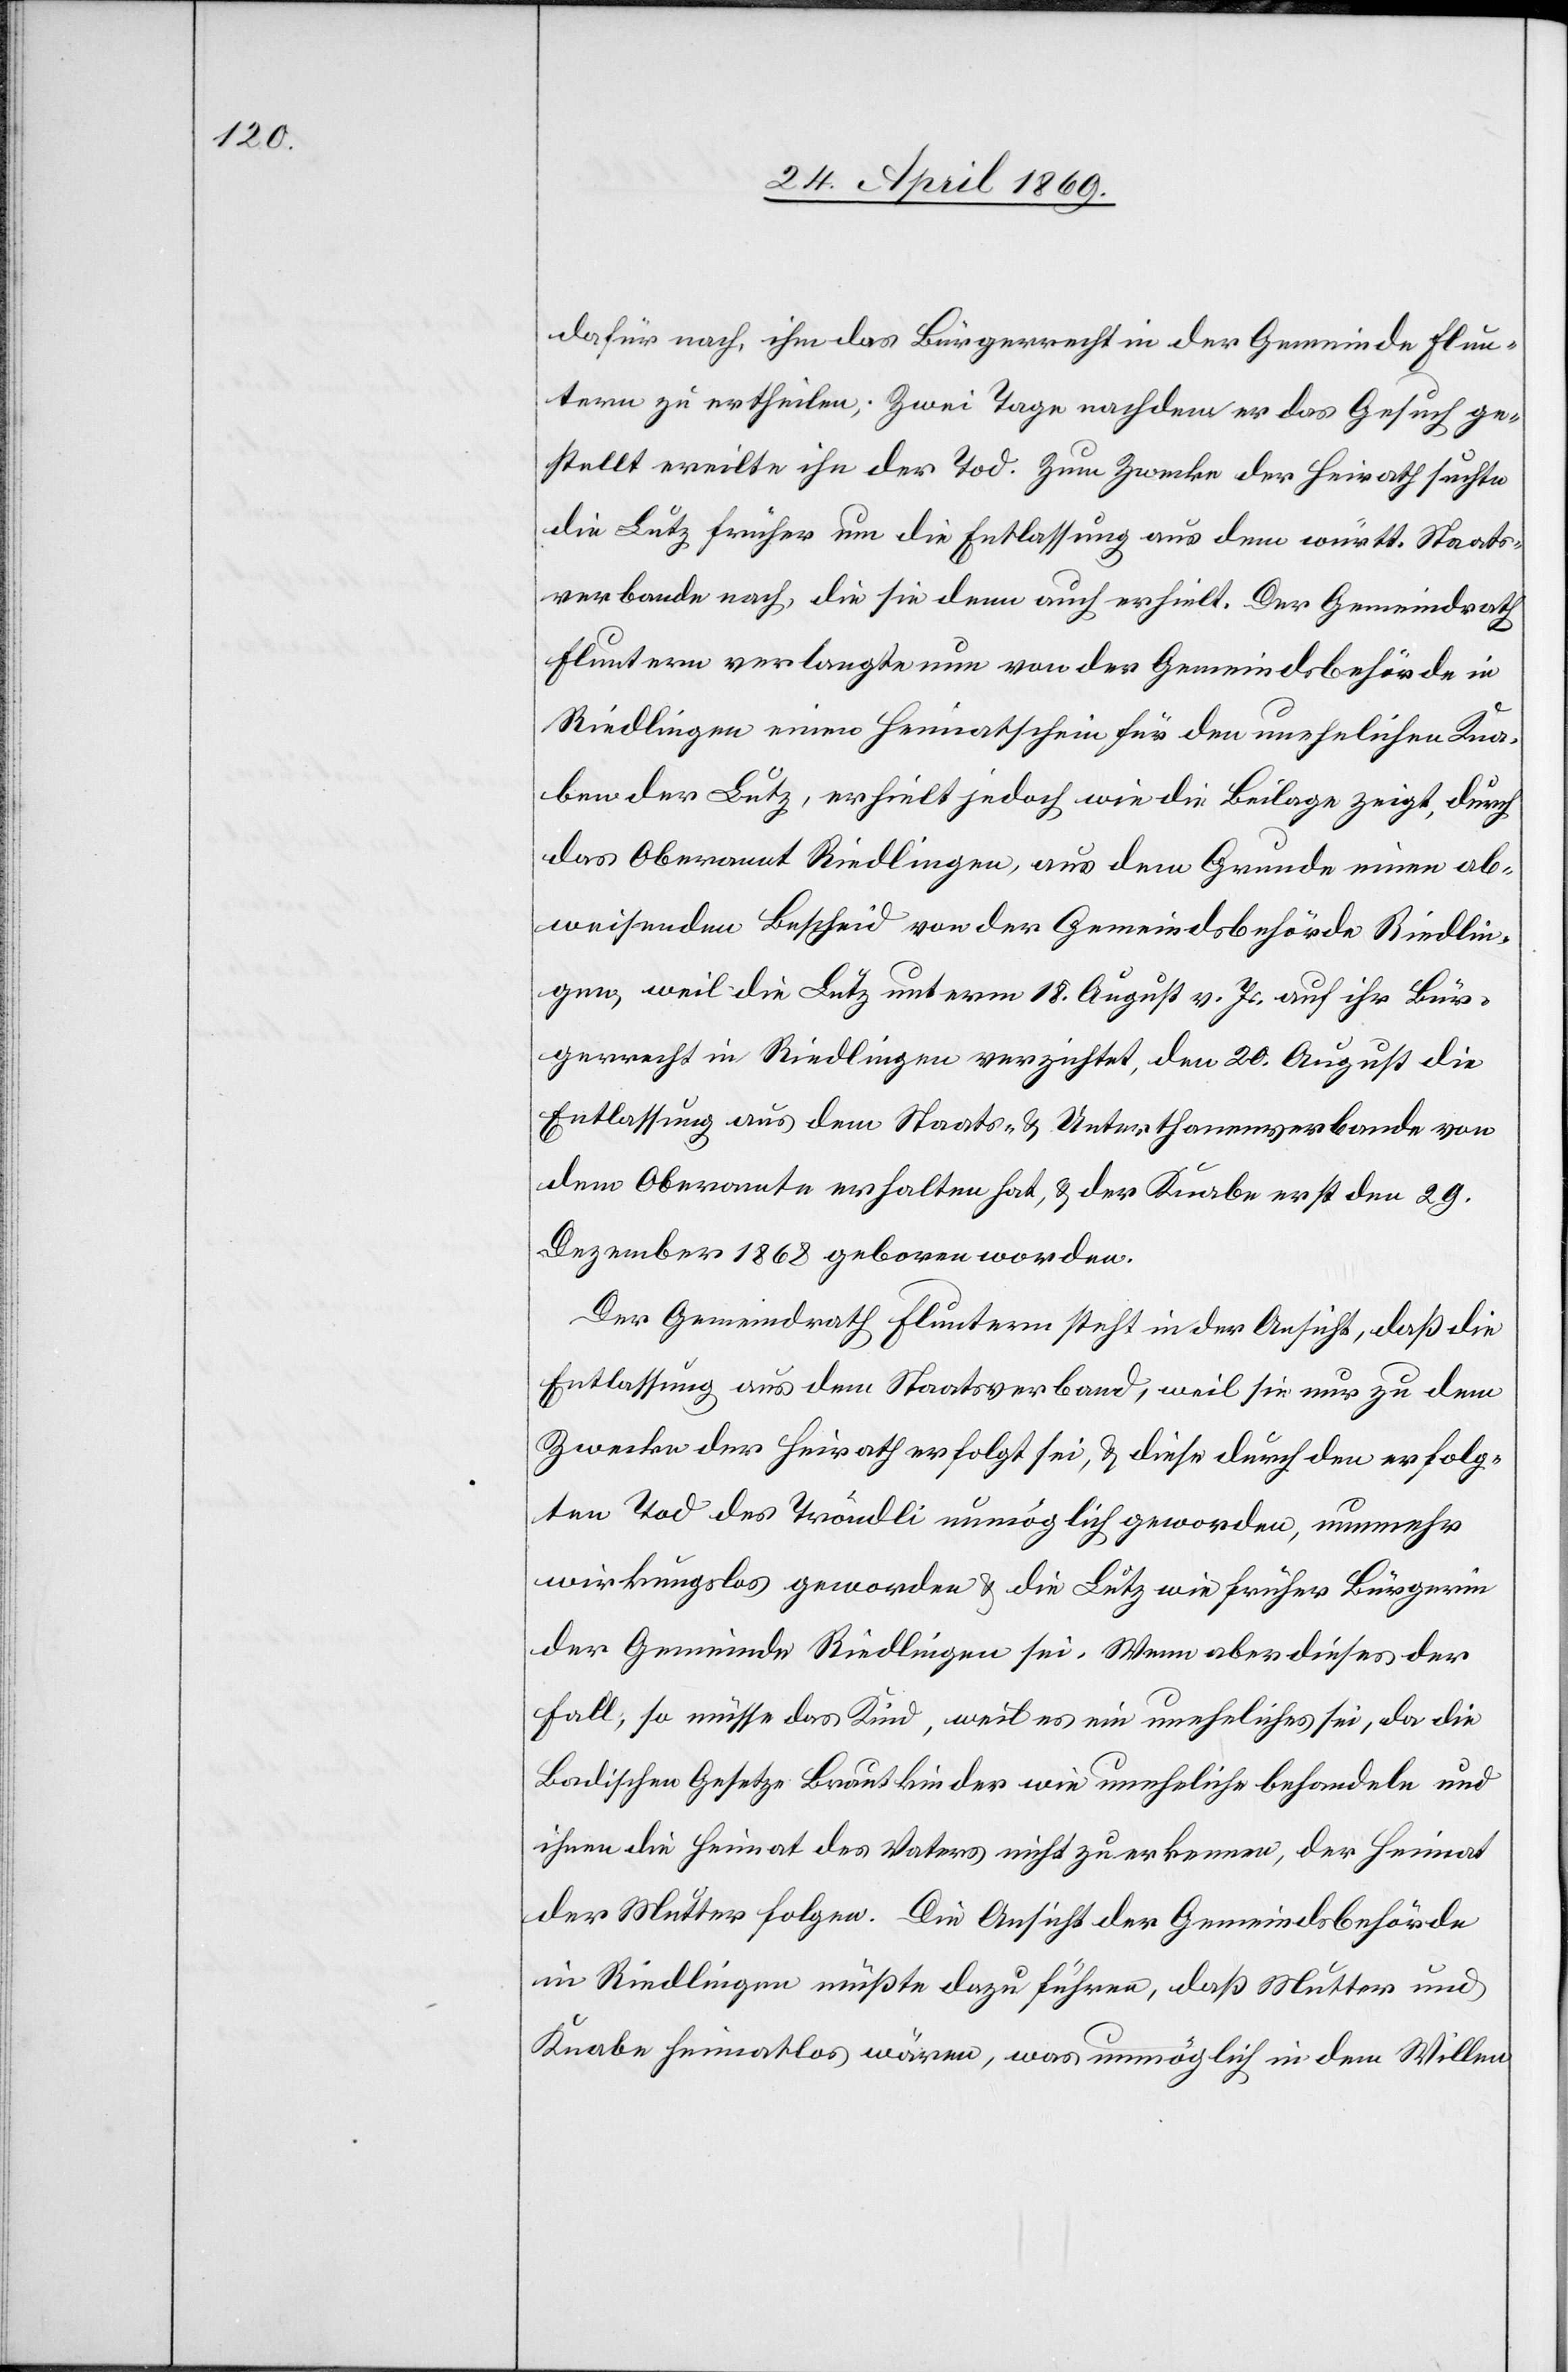
dafür nach, ihm das Bürgerrecht in der Gemeinde Flun¬
tern zu ertheilen. Zwei Tage nachdem er das Gesuch ge¬
stellt ereilte ihn der Tod. Zum Zwecke der Heirath suchte
die Lutz früher um die Entlassung aus dem württ. Staats¬
verbande nach, die sie denn auch erhielt. Der Gemeindrath
Fluntern verlangte nun von der Gemeindsbehörde in
Riedlingen einen Heimatschein für den unehelichen Kna¬
ben der Lutz, erhielt jedoch wie die Beilage zeigt, durch
das Oberamt Riedlingen, aus dem Grunde einen ab¬
weisenden Bescheid von der Gemeindsbehörde Riedli¬
gen, weil die Lutz unterm 18. August v. Js. auf ihr Bür¬
gerrecht in Riedlingen verzichtet, den 20. August die
Entlassung aus dem Staats- u. Unterthanenverbande von
dem Oberamte erhalten hat, u. der Knabe erst den 29.
Dezember 1868 geboren worden.
Der Gemeindrath Fluntern steht in der Ansicht, daß die
Entlassung aus dem Staatsverband, weil sie nur zu dem
Zwecke der Heirath erfolgt sei, u. diese durch den erfolg¬
ten Tod des Tröndli unmöglich geworden, nunmehr
wirkungslos geworden u. die Lutz wie früher Bürgerin
der Gemeinde Rüdlingen sei. Wenn aber dieses der
Fall, so müsse das Kind, weil es ein uneheliches sei, da die
Badischen Gesetze Brautkinder wie uneheliche behandeln und
ihnen die Heimat des Vaters nicht zuerkennen, der Heimat
der Mutter folgen. Die Ansicht der Gemeindsbehörde
in Riedlingen müßte dazu führen, daß Mutter und
Knabe heimatlos wären, was unmöglich in dem Willen